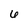
Character: 6